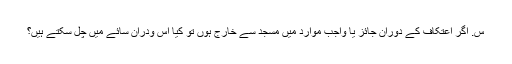
س. اگر اعتکاف کے دوران جائز یا واجب موارد میں مسجد سے خارج ہوں تو کیا اس ودران سائے میں چل سکتے ہیں؟